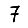
Digit: 7